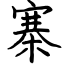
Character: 寨